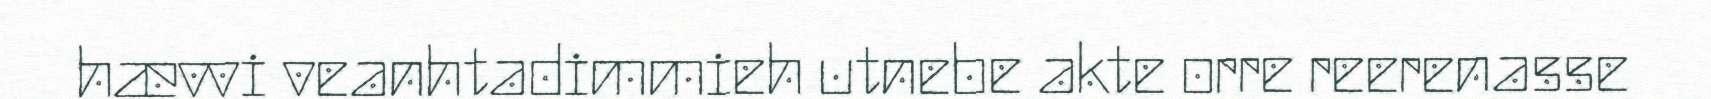
hævvi veanhtadimmieh utnebe akte orre reerenasse